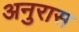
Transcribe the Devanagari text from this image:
अनुरास